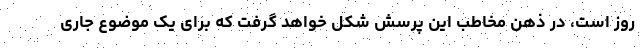
روز است، در ذهن مخاطب این پرسش شکل خواهد گرفت که برای یک موضوع جاری